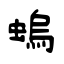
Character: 螐